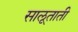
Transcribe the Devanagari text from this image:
सालूताती